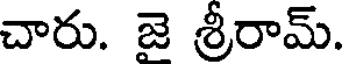
చారు. జై శ్రీరామ్.